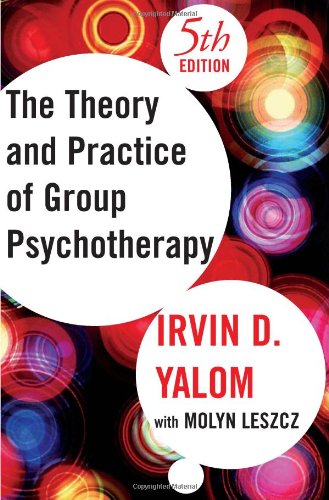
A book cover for The Theory and Practice of Group Psychotherapy, Fifth Edition; Irvin D. Yalom; Medical Books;